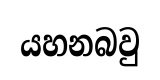
යහනබවු